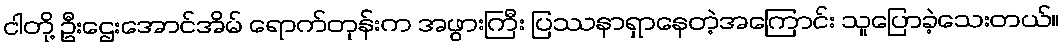
ငါတို့ ဦးဌေးအောင်အိမ် ရောက်တုန်းက အဖွားကြီး ပြဿနာရှာနေတဲ့အကြောင်း သူပြောခဲ့သေးတယ်။